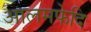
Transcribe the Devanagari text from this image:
आलमफेदि